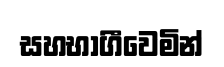
සහභාගීවෙමින්